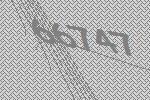
66747